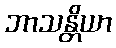
ဘာသန္တိယာ